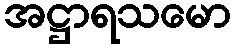
အဋ္ဌာရသမော